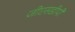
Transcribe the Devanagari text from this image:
जीएसडीपी